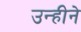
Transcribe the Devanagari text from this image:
उन्हीने